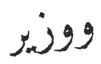
ووزير